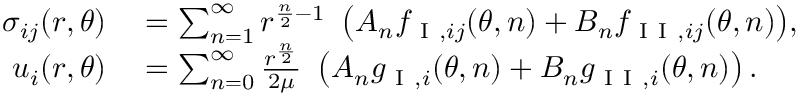
\begin{array} { r l } { \sigma _ { i j } ( r , \theta ) } & { { } = \sum _ { n = 1 } ^ { \infty } { r ^ { \frac { n } { 2 } - 1 } \ \left( A _ { n } f _ { \mathrm { ~ I ~ } , i j } ( \theta , n ) + B _ { n } f _ { \mathrm { ~ I ~ I ~ } , i j } ( \theta , n ) \right) } , } \\ { u _ { i } ( r , \theta ) } & { { } = \sum _ { n = 0 } ^ { \infty } \frac { r ^ { \frac { n } { 2 } } } { 2 \mu } \ \left( A _ { n } g _ { \mathrm { ~ I ~ } , i } ( \theta , n ) + B _ { n } g _ { \mathrm { ~ I ~ I ~ } , i } ( \theta , n ) \right) . } \end{array}